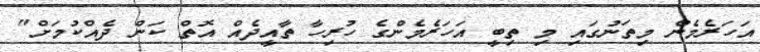
އަހަރެމެން މިތަނުގައި މި ތިބީ އަހަރެމެންގެ ހުރިހާ ތާއީދެއް އޮތް ކަން ދެއްކުމަށް"